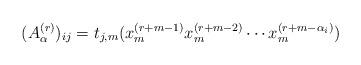
LaTeX: \begin{align*}(A_{\alpha}^{(r)})_{ij} = t_{j, m}(x_m^{(r+m-1)}x_m^{(r+m-2)} \cdots x_m^{(r+m- \alpha_i)})\end{align*}